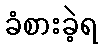
ခံစားခဲ့ရ